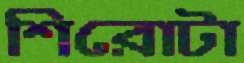
শিরোটা